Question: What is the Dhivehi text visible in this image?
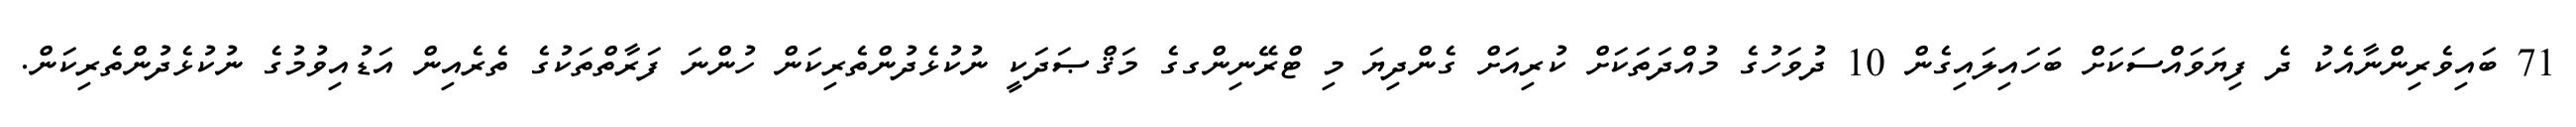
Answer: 71 ބައިވެރިންނާއެކު ދެ ފިޔަވައްސަކަށް ބަހައިލައިގެން 10 ދުވަހުގެ މުއްދަތަކަށް ކުރިއަށް ގެންދިޔަ މި ޓްރޭނިންގގެ މަޤްޞަދަކީ ނުކުޅެދުންތެރިކަން ހުންނަ ފަރާތްތަކުގެ ތެރެއިން އަޑުއިވުމުގެ ނުކުޅެދުންތެރިކަން.